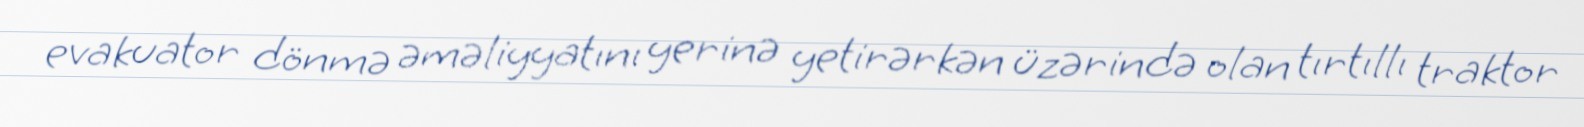
evakuator dönmə əməliyyatını yerinə yetirərkən üzərində olan tırtıllı traktor